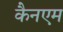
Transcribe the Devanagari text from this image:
कैनएम